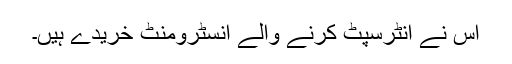
اس نے انٹرسپٹ کرنے والے انسٹرومنٹ خریدے ہیں۔